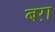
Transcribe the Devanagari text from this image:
बग़